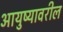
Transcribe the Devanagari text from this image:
आयुष्यावरील